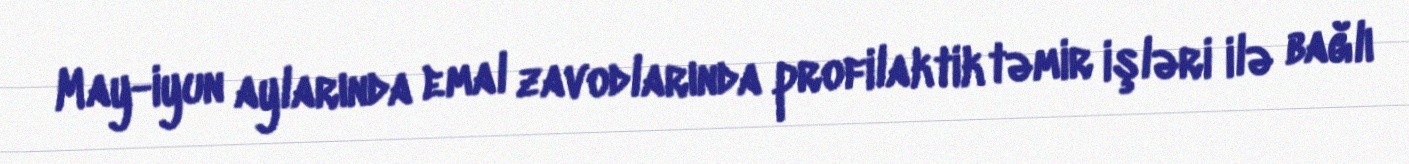
May-iyun aylarında emal zavodlarında profilaktik təmir işləri ilə bağlı